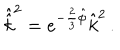
\hat { \hat { k } } ^ { 2 } = e ^ { - \frac { 2 } { 3 } \hat { \phi } } \hat { k } ^ { 2 } \, .